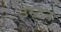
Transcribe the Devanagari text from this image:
उस्टन